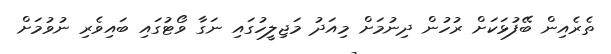
ތެރެއިން ބޭފުޅަކަށް ރުހުން ދިނުމަށް މިއަދު މަޖިލީހުގައި ނަގާ ވޯޓުގައި ބައިވެރި ނުވުމަށް